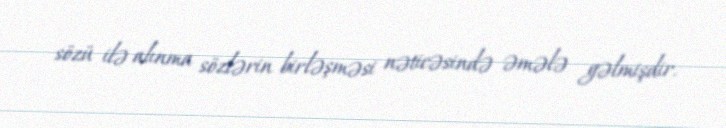
sözü ilə alınma sözlərin birləşməsi nəticəsində əmələ gəlmişdir.